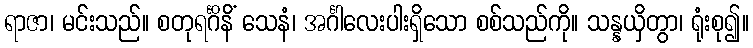
ရာဇာ၊ မင်းသည်။ စတုရင်္ဂိနိံ သေနံ၊ အင်္ဂါလေးပါးရှိသော စစ်သည်ကို။ သန္နယှိတွာ၊ ရုံးစု၍။